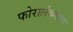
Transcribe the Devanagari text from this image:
फोरार्लबर्गला